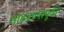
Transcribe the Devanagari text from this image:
सोडवण्यापूर्वी